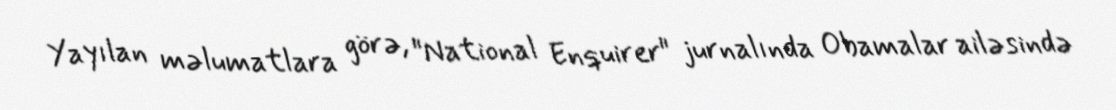
Yayılan məlumatlara görə, "National Enquirer" jurnalında Obamalar ailəsində